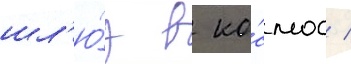
шл'ю́з в ко́смос /